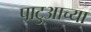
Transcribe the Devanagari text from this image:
पाटुआच्या